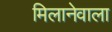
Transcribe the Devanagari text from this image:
मिलानेवाला